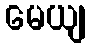
မေယျ